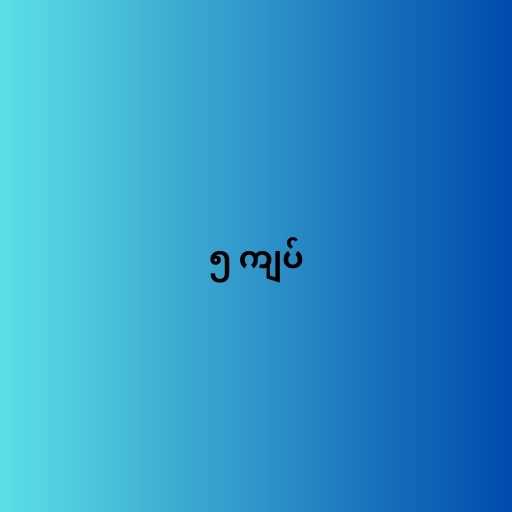
၅ ကျပ်